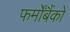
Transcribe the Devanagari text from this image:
फर्मोंबैंकों